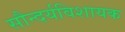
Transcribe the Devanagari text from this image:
सौन्दर्यविशायक